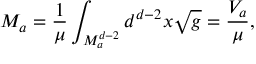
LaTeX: M _ { a } = \frac { 1 } { \mu } \int _ { M _ { a } ^ { d - 2 } } d ^ { d - 2 } x \sqrt { g } = \frac { V _ { a } } { \mu } ,